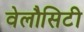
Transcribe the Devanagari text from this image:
वेलौसिटी